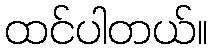
ထင်ပါတယ်။